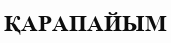
ҚАРАПАЙЫМ